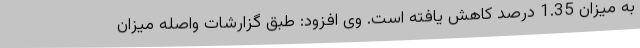
به میزان 1.35 درصد کاهش یافته است. وی افزود: طبق گزارشات واصله میزان